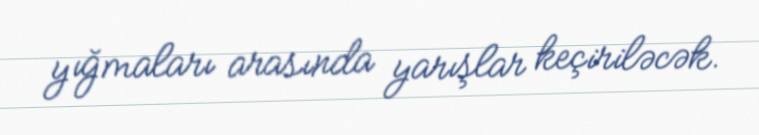
yığmaları arasında yarışlar keçiriləcək.